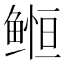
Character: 𱈈